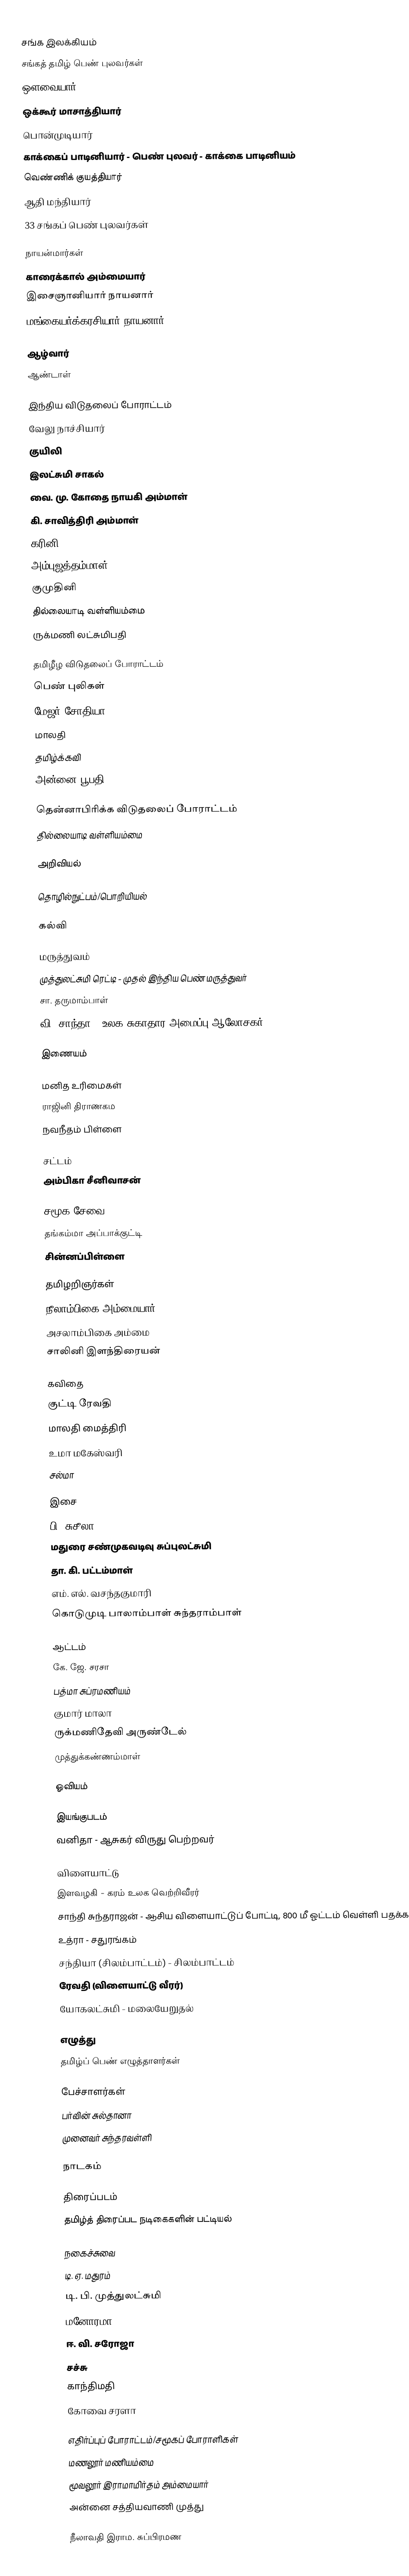

சங்க இலக்கியம்
 சங்கத் தமிழ் பெண் புலவர்கள்
 ஔவையார்
 ஒக்கூர் மாசாத்தியார்
 பொன்முடியார்
 காக்கைப் பாடினியார் - பெண் புலவர் - காக்கை பாடினியம்
 வெண்ணிக் குயத்தியார்
 ஆதி மந்தியார்
 33 சங்கப் பெண் புலவர்கள்

நாயன்மார்கள்
 காரைக்கால் அம்மையார்
 இசைஞானியார் நாயனார்
 மங்கையர்க்கரசியார் நாயனார்

ஆழ்வார்
 ஆண்டாள்

இந்திய விடுதலைப் போராட்டம்
 வேலு நாச்சியார்
 குயிலி
 இலட்சுமி சாகல்
 வை. மு. கோதை நாயகி அம்மாள்
 கி. சாவித்திரி அம்மாள்
 கரினி
 அம்புஜத்தம்மாள்
 குமுதினி
 தில்லையாடி வள்ளியம்மை
 ருக்மணி லட்சுமிபதி

தமிழீழ விடுதலைப் போராட்டம்
 பெண் புலிகள்
 மேஜர் சோதியா
 மாலதி
 தமிழ்க்கவி
 அன்னை பூபதி

தென்னாபிரிக்க விடுதலைப் போராட்டம்
 தில்லையாடி வள்ளியம்மை

அறிவியல்

தொழில்நுட்பம்/பொறியியல்

கல்வி

மருத்துவம்
 முத்துலட்சுமி ரெட்டி - முதல் இந்திய பெண் மருத்துவர்
 சா. தருமாம்பாள்
 வி. சாந்தா - உலக சுகாதார அமைப்பு ஆலோசகர்

இணையம்

மனித உரிமைகள்
 ராஜினி திராணகம
 நவநீதம் பிள்ளை

சட்டம்
 அம்பிகா சீனிவாசன்

சமூக சேவை
 தங்கம்மா அப்பாக்குட்டி
 சின்னப்பிள்ளை

தமிழறிஞர்கள்
 நீலாம்பிகை அம்மையார்
 அசலாம்பிகை அம்மை
 சாலினி இளந்திரையன்

கவிதை
 குட்டி ரேவதி
 மாலதி மைத்திரி
 உமா மகேஸ்வரி
 சல்மா

இசை
 பி. சுசீலா
 மதுரை சண்முகவடிவு சுப்புலட்சுமி
 தா. கி. பட்டம்மாள்
 எம். எல். வசந்தகுமாரி
 கொடுமுடி பாலாம்பாள் சுந்தராம்பாள்

ஆட்டம்
 கே. ஜே. சரசா
 பத்மா சுப்ரமணியம்
 குமார் மாலா
 ருக்மணிதேவி அருண்டேல்
 முத்துக்கண்ணம்மாள்

ஓவியம்

இயங்குபடம்
 வனிதா - ஆசுகர் விருது பெற்றவர்

விளையாட்டு
 இளவழகி - கரம் உலக வெற்றிவீரர்
 சாந்தி சுந்தராஜன் - ஆசிய விளையாட்டுப் போட்டி, 800 மீ ஓட்டம் வெள்ளி பதக்கம்
 உத்ரா - சதுரங்கம்
 சந்தியா (சிலம்பாட்டம்) - சிலம்பாட்டம்
 ரேவதி (விளையாட்டு வீரர்)
 யோகலட்சுமி - மலையேறுதல்

எழுத்து
 தமிழ்ப் பெண் எழுத்தாளர்கள்

பேச்சாளர்கள்
 பர்வின் சுல்தானா
 முனைவர் சுந்தரவள்ளி

நாடகம்

திரைப்படம்
 தமிழ்த் திரைப்பட நடிகைகளின் பட்டியல்

நகைச்சுவை
 டி. ஏ. மதுரம்
 டி. பி. முத்துலட்சுமி
 மனோரமா
 ஈ. வி. சரோஜா
 சச்சு
 காந்திமதி
 கோவை சரளா

எதிர்ப்புப் போராட்டம்/சமூகப் போராளிகள்
 மணலூர் மணியம்மை
 மூவலூர் இராமாமிர்தம் அம்மையார்
 அன்னை சத்தியவாணி முத்து

 நீலாவதி இராம. சுப்பிரமண